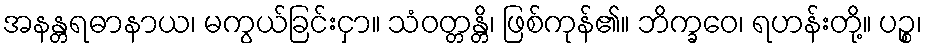
အနန္တရဓာနာယ၊ မကွယ်ခြင်းငှာ။ သံဝတ္တန္တိ၊ ဖြစ်ကုန်၏။ ဘိက္ခဝေ၊ ရဟန်းတို့။ ပဉ္စ၊